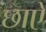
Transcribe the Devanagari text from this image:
छाऐ